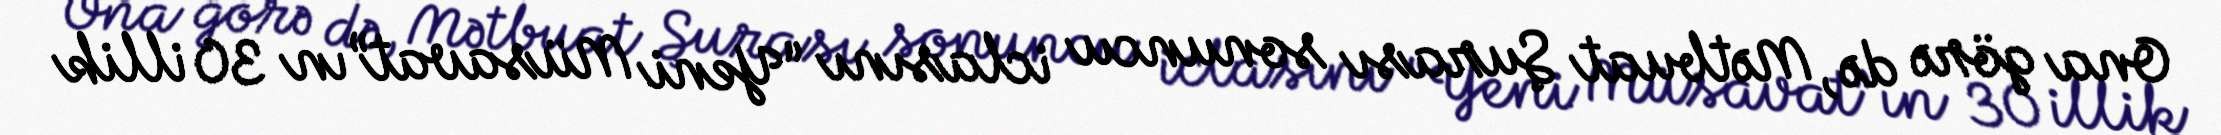
Ona görə də, Mətbuat Şurası sonuncu iclasını “Yeni Müsavat”ın 30 illik